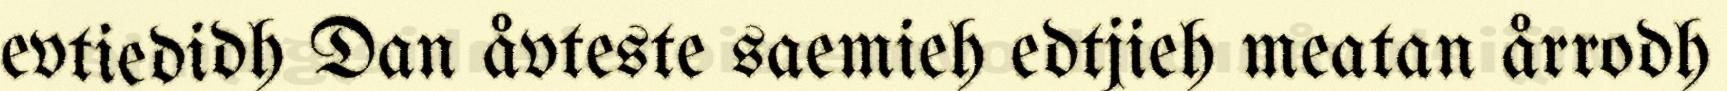
evtiedidh Dan åvteste saemieh edtjieh meatan årrodh